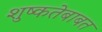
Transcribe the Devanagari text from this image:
शुष्कतेबाबत